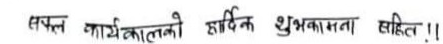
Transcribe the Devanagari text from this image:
सफल कार्यकालको हार्दिक शुभकामना सहित !!